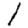
Digit: 1